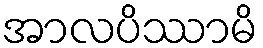
အာလပိဿာမိ